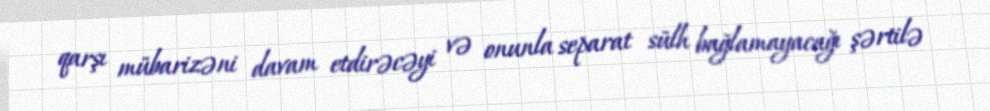
qarşı mübarizəni davam etdirəcəyi və onunla separat sülh bağlamayacağı şərtilə